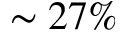
\sim 2 7 \%